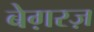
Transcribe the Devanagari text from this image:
बेग़रज़